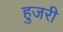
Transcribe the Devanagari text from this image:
हुजरी